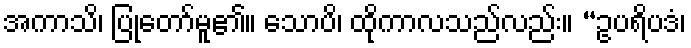
အကာသိ၊ ပြုတော်မူ၏။ သောပိ၊ ထိုကာလသည်လည်း။ “ဥပရိပဒံ၊